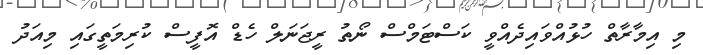
މި އިމާރާތް ހުޅުއްވައިދެއްވީ ކަސްޓަމްސް ނޯތު ރީޖަނަލް ހެޑް އޮފީސް ކުރިމަތީގައި މިއަދު